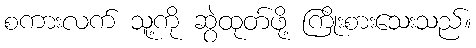
စကားလက် သူ့ကို ဆွဲထုတ်ဖို့ ကြိုးစားသေးသည်။